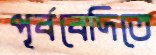
পূর্ববেদিতে